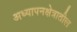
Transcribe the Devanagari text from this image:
अध्यापनक्षेत्रातील